Document type: Sale
Year: 1305
Scribe: Bernat de Vilarúbia
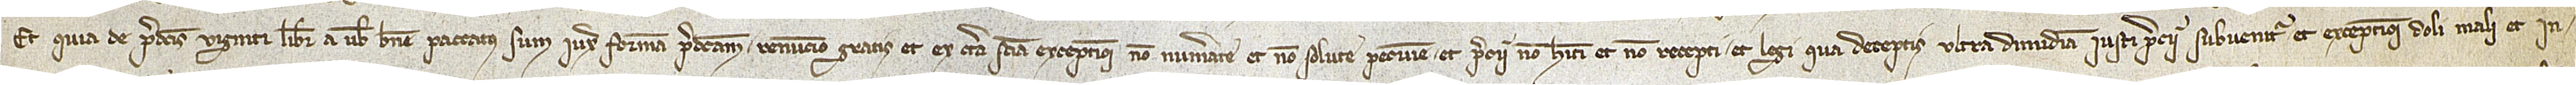
Et quia de predictis viginti libris a vobis bene paccatus sum iuxta formam predictam, renuncio gratis et ex certa sciencia exceptioni non numerate et non solute pecunie, et precii non habiti et non recepti, et legi qua deceptis ultra dimidiam iusti precii subvenitur, et excepcioni doli mali, et in-